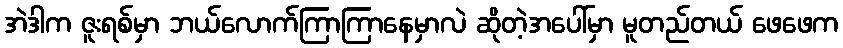
အဲဒါက ဇူးရစ်မှာ ဘယ်လောက်ကြာကြာနေမှာလဲ ဆိုတဲ့အပေါ်မှာ မူတည်တယ် ဖေဖေက